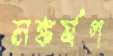
সঙ্কর্ষণ